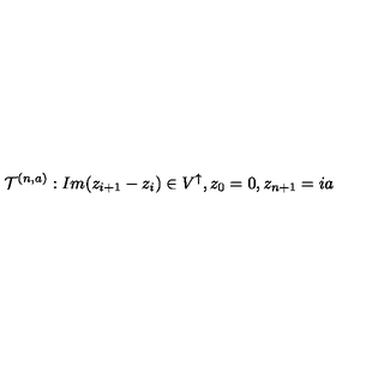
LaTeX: \mathcal { T } ^ { ( n , a ) } : I m ( z _ { i + 1 } - z _ { i } ) \in V ^ { \uparrow } , z _ { 0 } = 0 , z _ { n + 1 } = i a